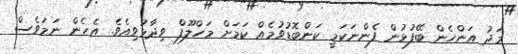
މަދު އަންހެން ބޭފުޅުން ފެންނަކަމީ ކަންބޮޑުވުމެއް ކަމަށް މަހްލޫފް ވިދާޅުވިއެވެ. އެހެން ނަމަވެސް